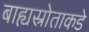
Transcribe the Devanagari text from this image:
बाह्यस्रोताकडे